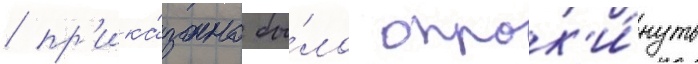
/ пр'ика́зано бы́ло опрок'и́нуть